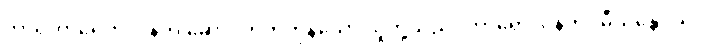
ဘာရဟာရေဟိ၊ ဝန်ကို ဆောင်တတ်ကုန်သော သူတို့သည်။ ဘာရော၊ ဝန်ကို။ ဓီယန္တေဝိယ၊